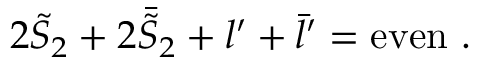
2 { \tilde { S } } _ { 2 } + 2 { \bar { \tilde { S } } } _ { 2 } + l ^ { \prime } + { \bar { l } } ^ { \prime } = \mathrm { e v e n } \ .